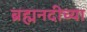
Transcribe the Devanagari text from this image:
ब्रह्मनदीच्या